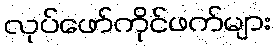
လုပ်ဖော်ကိုင်ဖက်များ